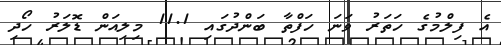
އެ ފިލްމުގެ ހަތަރު ވަނަ ހަފްތާ ބަންދުގައި 11.1 މިލިއަން ޑޮލަރު ހޯދި